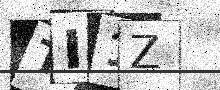
Text: TI1Z